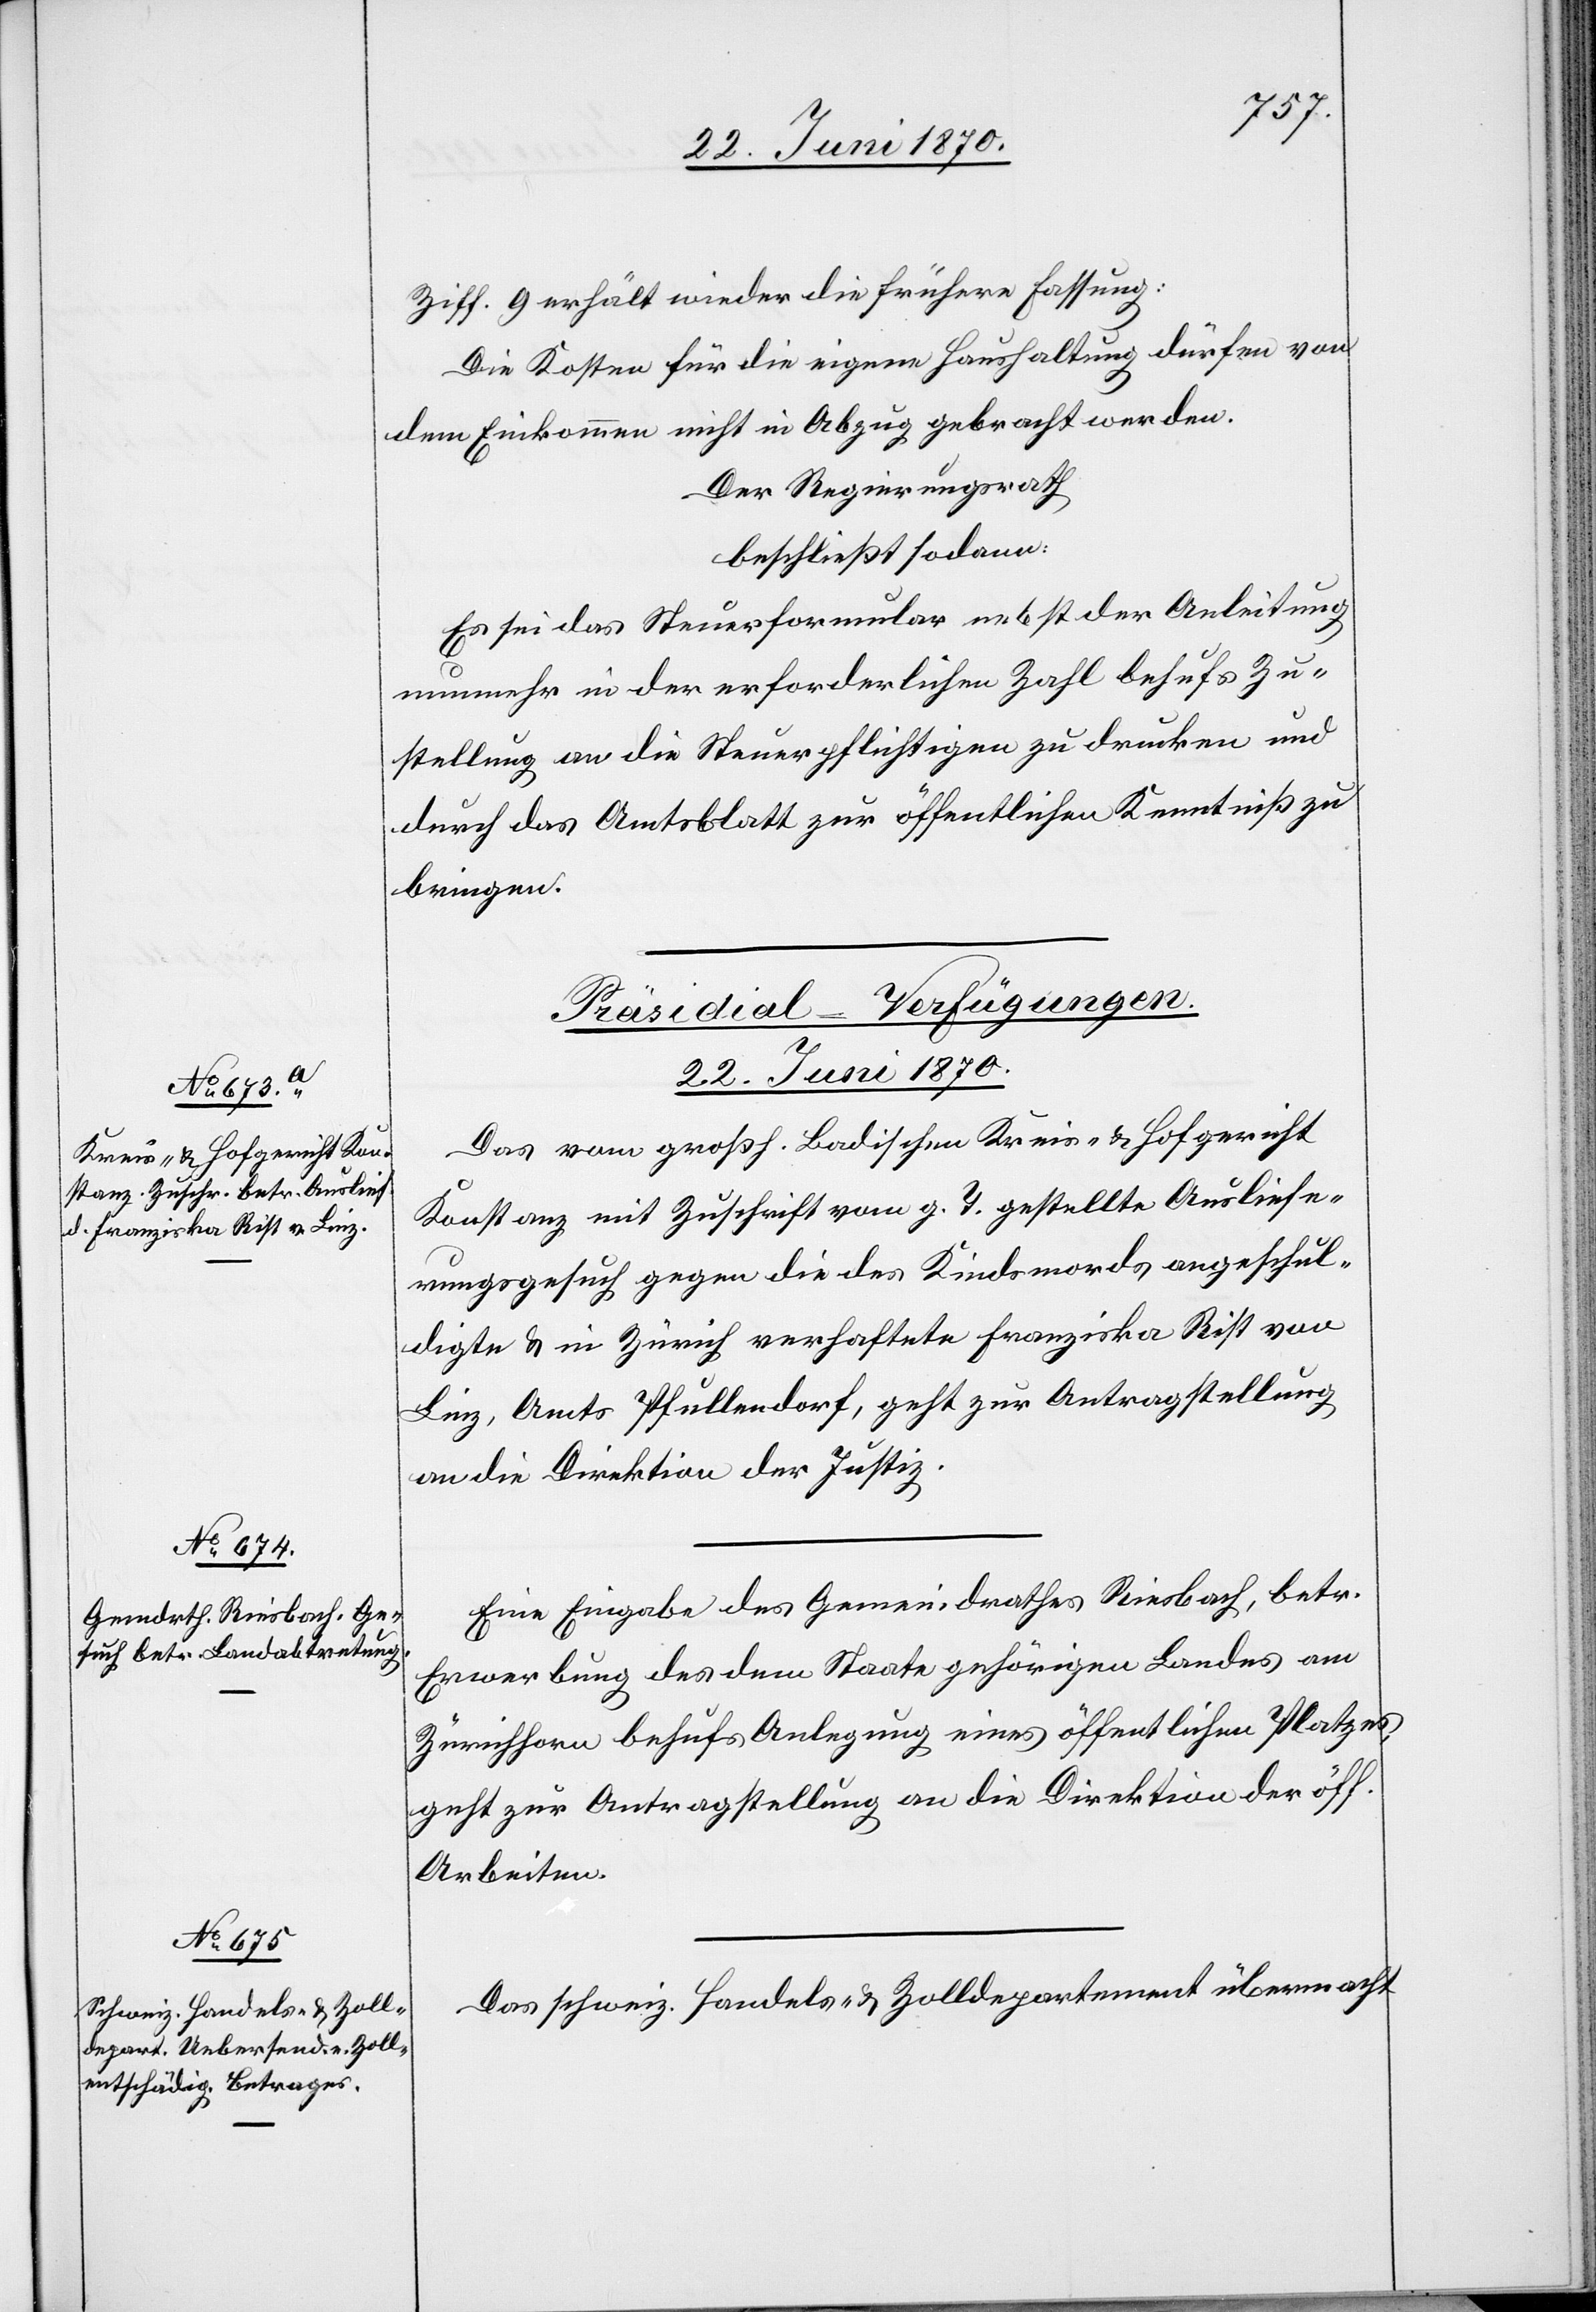
22. Juni 1870.]
Ziff. 9 erhält wieder die frühere Fassung:
Die Kosten für die eigene Haushaltung dürfen von
dem Einkommen nicht in Abzug gebracht werden.
Der Regierungsrath
beschließt sodann:
Es sei das Steuerformular nebst der Anleitung
nunmehr in der erforderlichen Zahl behufs Zu¬
stellung an die Steuerpflichtigen zu drucken und
durch das Amtsblatt zur öffentlichen Kenntniß zu
bringen.
[Präsidial-Verfügungen.
Das vom großh. Badischen Kreis- & Hofgericht
Konstanz mit Zuschrift vom g. T. gestellte Ausliefe¬
rungsgesuch gegen die des Kindsmords angeschul¬
digte & in Zürich verhaftete Franziska Rist von
Linz, Amts Pfullendorf, geht zur Antragstellung
an die Direktion der Justiz.
Eine Eingabe des Gemeindrathes Riesbach, betr.
Erwerbung des dem Staate gehörigen Landes am
Zürichhorn behufs Anlegung eines öffentlichen Platzes,
geht zur Antragstellung an die Direktion der öff.
Arbeiten.
Das schweiz. Handels- & Zolldepartement übermacht